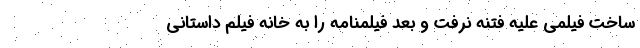
ساخت فیلمی علیه فتنه نرفت و بعد فیلمنامه را به خانه فیلم داستانی